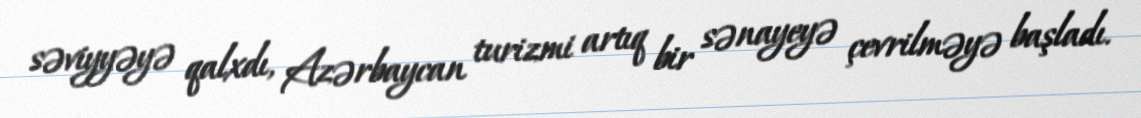
səviyyəyə qalxdı, Azərbaycan turizmi artıq bir sənayeyə çevrilməyə başladı.